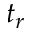
t _ { r }